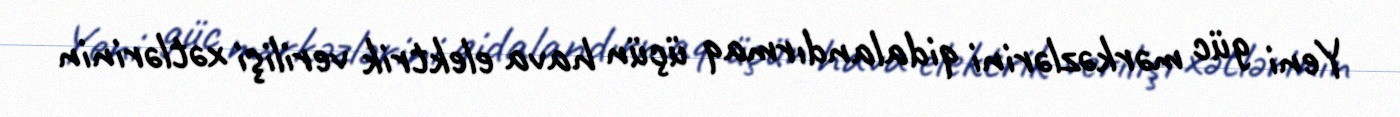
Yeni güc mərkəzlərini qidalandırmaq üçün hava elektrik verilişi xətlərinin